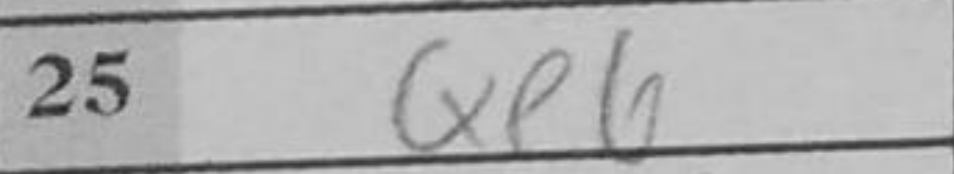
Transcription: Qe6